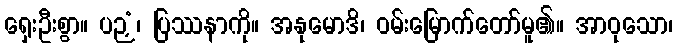
ရှေးဦးစွာ။ ပဉှံ၊ ပြဿနာကို။ အနုမောဒိ၊ ဝမ်းမြောက်တော်မူ၏။ အာဝုသော၊